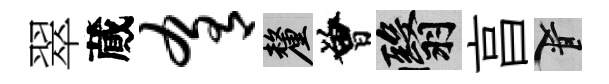
翠蕆肴厘曾翳亯柳